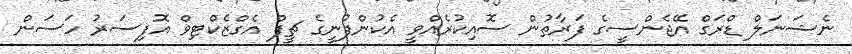
ނެޝަނަލް ޑްރަގް އޭޖެންސީގެ ފަރާތުން ސޮއިކުރެއްވީ އެކުންފުނީގެ ޗީފް އެގްޒެކްޓިވް އޮފިސަރު ހަސަން